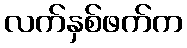
လက်နှစ်ဖက်က